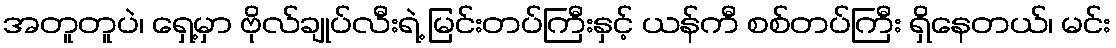
အတူတူပဲ၊ ရှေ့မှာ ဗိုလ်ချုပ်လီးရဲ့ မြင်းတပ်ကြီးနှင့် ယန်ကီ စစ်တပ်ကြီး ရှိနေတယ်၊ မင်း